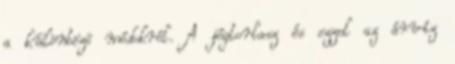
a különbözõ módokról. A jégtorlasz és ezzel az árvíz